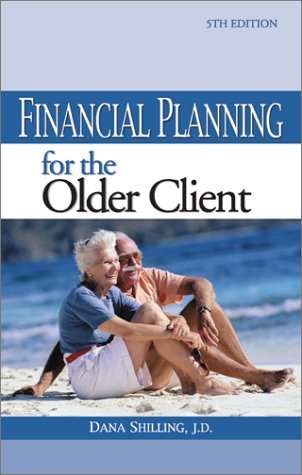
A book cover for Financial Planning for the Older Client; Dana Shilling; Business & Money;